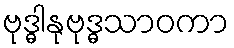
ဗုဒ္ဓါနုဗုဒ္ဓသာဝကာ